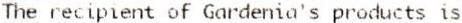
THE RECIPIENT OF GARDENIA'S PRODUCTS IS